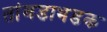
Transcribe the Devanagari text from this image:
तांबडाभडक